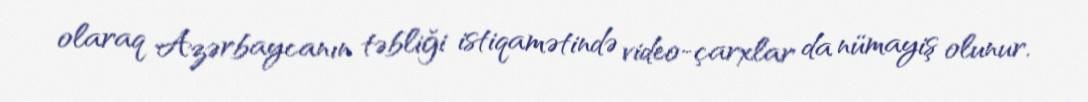
olaraq Azərbaycanın təbliği istiqamətində video-çarxlar da nümayiş olunur.